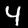
Digit: 4